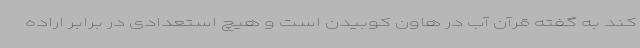
کند به گفته قرآن آب در هاون کوبیدن است و هیچ استعدادی در برابر اراده